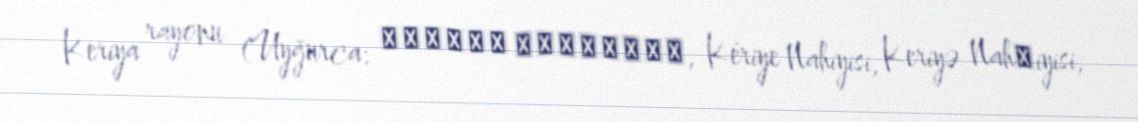
Keriya rayonu (Uyğurca: كېرىيە ناھىيىسى, Kériye Nahiyisi, Keriyə Nah̡iyisi,